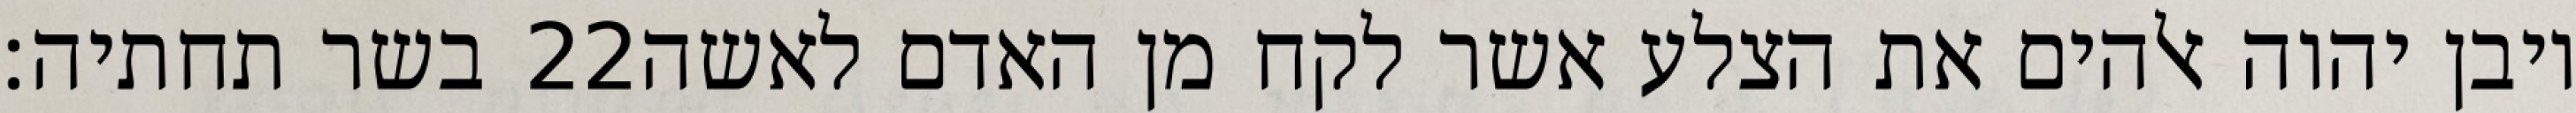
בשר תחתיה׃ ‎22‏ ויבן יהוה אלהים את הצלע אשר לקח מן האדם לאשה